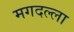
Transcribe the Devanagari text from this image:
मगदल्ला